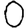
Digit: 0